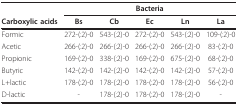
<table><thead><tr><td></td><td colspan="5"><b>Bacteria</b></td></tr><tr><td><b>Carboxylic acids</b></td><td><b>Bs</b></td><td><b>Cb</b></td><td><b>Ec</b></td><td><b>Ln</b></td><td><b>La</b></td></tr></thead><tbody><tr><td>Formic</td><td>272-(:2)-0</td><td>543-(:2)-0</td><td>272-(:2)-0</td><td>543-(:2)-0</td><td>109-(:2)-0</td></tr><tr><td>Acetic</td><td>266-(:2)-0</td><td>266-(:2)-0</td><td>266-(:2)-0</td><td>266-(:2)-0</td><td>83-(:2)-0</td></tr><tr><td>Propionic</td><td>169-(:2)-0</td><td>338-(:2)-0</td><td>169-(:2)-0</td><td>675-(:2)-0</td><td>68-(:2)-0</td></tr><tr><td>Butyric</td><td>142-(:2)-0</td><td>142-(:2)-0</td><td>142-(:2)-0</td><td>142-(:2)-0</td><td>57-(:2)-0</td></tr><tr><td>L+lactic</td><td>178-(:2)-0</td><td>178-(:2)-0</td><td>178-(:2)-0</td><td>178-(:2)-0</td><td>56-(:2)-0</td></tr><tr><td>D-lactic</td><td>-</td><td>178-(:2)-0</td><td>178-(:2)-0</td><td>178-(:2)-0</td><td>-</td></tr></tbody></table>